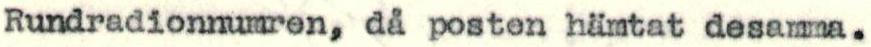
Rundradionnumren, då posten hämtat desamma.